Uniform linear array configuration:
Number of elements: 4
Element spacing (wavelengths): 1
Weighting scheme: blackman
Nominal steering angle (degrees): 60
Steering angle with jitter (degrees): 59.592
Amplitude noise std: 0.05
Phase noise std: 0.05

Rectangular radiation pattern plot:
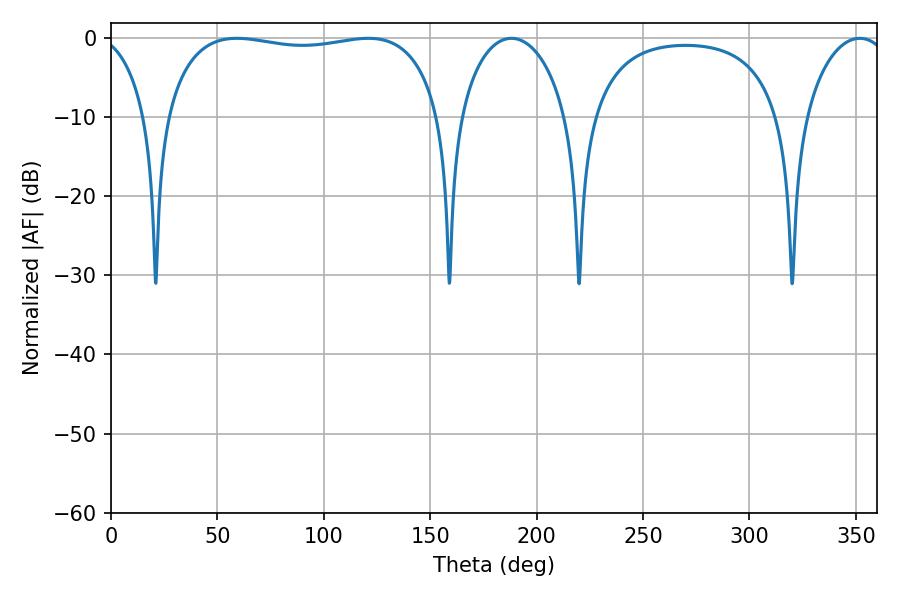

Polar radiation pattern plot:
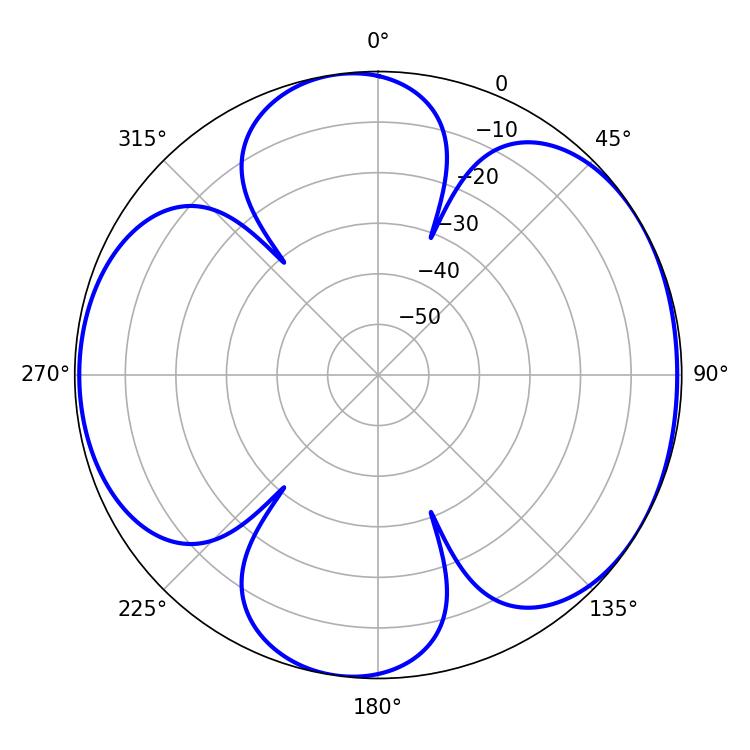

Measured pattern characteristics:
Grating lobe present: TRUE
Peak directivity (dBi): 5.863
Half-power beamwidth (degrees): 104.76
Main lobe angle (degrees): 59.04